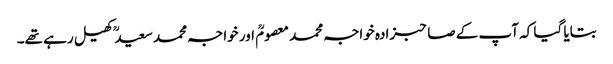
بتایا گیا کہ آپ کے صاحبزادہ خواجہ محمد معصومؒ اور خواجہ محمد سعیدؒ کھیل رہے تھے۔